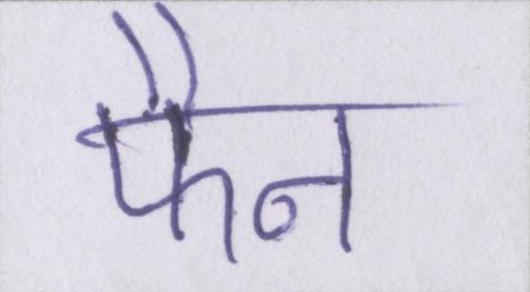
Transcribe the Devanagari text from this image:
फैन